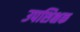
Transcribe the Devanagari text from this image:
उपशिक्षक